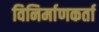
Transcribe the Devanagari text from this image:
विनिर्माणकर्ता